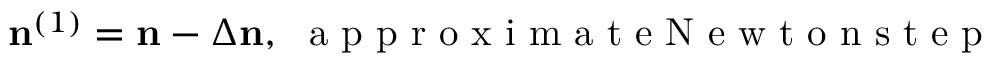
{ \bf n } ^ { ( 1 ) } = { \bf n } - \Delta { \bf n } , ~ \mathrm { ~ a ~ p ~ p ~ r ~ o ~ x ~ i ~ m ~ a ~ t ~ e ~ N ~ e ~ w ~ t ~ o ~ n ~ s ~ t ~ e ~ p ~ }